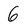
Character: 6